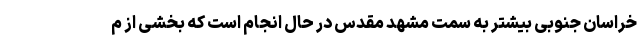
خراسان جنوبی بیشتر به سمت مشهد مقدس در حال انجام است که بخشی از م